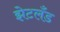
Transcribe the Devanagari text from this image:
झेटलँड